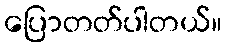
ပြောတတ်ပါတယ်။